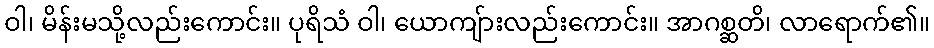
ဝါ၊ မိန်းမသို့လည်းကောင်း။ ပုရိသံ ဝါ၊ ယောကျ်ားလည်းကောင်း။ အာဂစ္ဆတိ၊ လာရောက်၏။